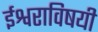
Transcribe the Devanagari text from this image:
ईश्वराविषयी